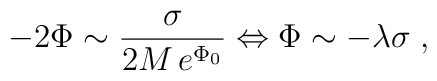
-2\Phi\sim\frac{\sigma}{2M\,e^{\Phi_0}}\Leftrightarrow\Phi\sim-\lambda\sigma\;,